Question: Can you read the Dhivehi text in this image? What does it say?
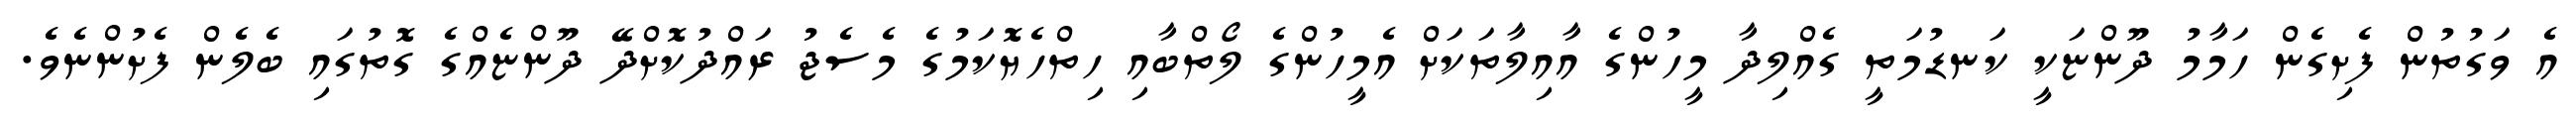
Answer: އެ ވަގުތުން ފެށިގެން ހަމާމު ދޫންޏަކީ ކަނޑުމަތީ ގެއްލިދާ މީހުންގެ އާއިލާތަކަށް އެމީހުންގެ ލޯތްބާއި ހިތްހެޔޮކަމުގެ މެސެޖު ރައްދުކޮށްދޭ ދޫންޏެއްގެ ގޮތުގައި ބެލެން ފެށުންނެވެ.